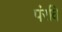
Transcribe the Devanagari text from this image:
पंरवि